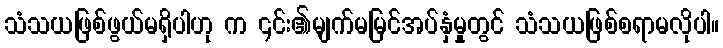
သံသယဖြစ်ဖွယ်မရှိပါဟု က ၎င်း၏မျက်မမြင်အပ်နှံမှုတွင် သံသယဖြစ်စရာမလိုပါ။